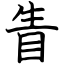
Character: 眚